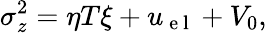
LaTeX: \sigma_{z}^{2}=\eta T\xi+u_{\mathrm{~e~l~}}+V_{0},